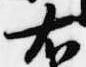
右